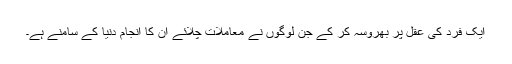
ایک فرد کی عقل پر بھروسہ کر کے جن لوگوں نے معاملات چلائے ان کا انجام دنیا کے سامنے ہے۔